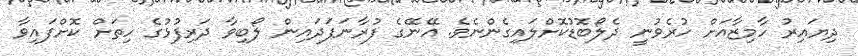
ދިޔައިރު ހާމިޒާއަށް ހުރެވުނީ ދެލޯބޮޑުކޮށްލައިގެންނެވެ. އޭނޭގެ ފުރާނަފަދައިން ލޯބިވާ ދަރިފުޅުގެ ހިތަށް ކޮށްފައިވާ